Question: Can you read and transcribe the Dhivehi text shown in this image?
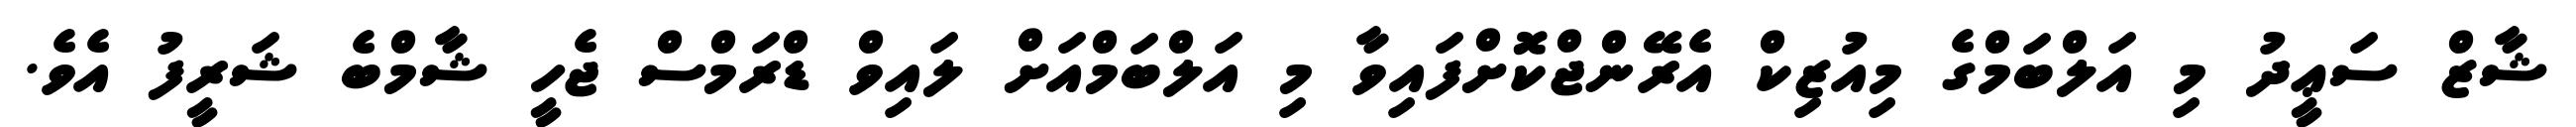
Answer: ޝާޒް ސަޢީދު މި އަލްބަމްގެ މިއުޒިކް އެރޭންޖްކޮށްފައިވާ މި އަލްބަމްއަށް ލައިވް ޑްރަމްސް ޖެހީ ޝާމްބެ ޝަރީފު އެވެ.